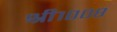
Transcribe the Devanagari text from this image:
श्री१००८